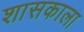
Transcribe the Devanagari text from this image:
शासकाला